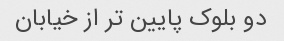
دو بلوک پایین تر از خیابان